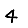
Digit: 4